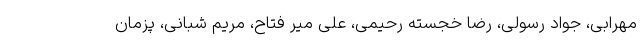
مهرابی، جواد رسولی، رضا خجسته رحیمی، علی میر فتاح، مریم شبانی، پزمان